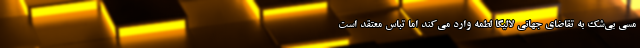
مسی بی‌شک به تقاضای جهانی لالیگا لطمه وارد می‌کند اما تباس معتقد است